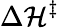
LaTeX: \Delta\mathcal{H}^{\ddagger}